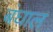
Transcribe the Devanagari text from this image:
बंघाल